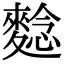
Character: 𪌿